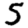
Digit: 5